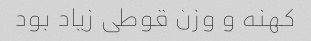
کهنه و وزن قوطی زیاد بود